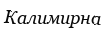
Калимирна